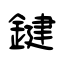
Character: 鍵